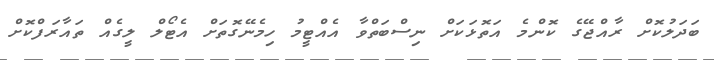
ބަދަލުކޮށް ރާއްޖޭގެ ކޮންމެ އަތޮޅަކަށް ނިސްބަތްވާ އެއްޓީމު ހިމެނޭގޮތަށް އެޓޯލް ލީގެއް ތައާރަފްކޮށް